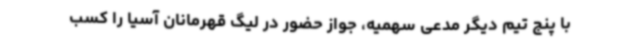
با پنج تیم دیگر مدعی سهمیه، جواز حضور در لیگ قهرمانان آسیا را کسب